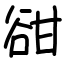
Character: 𧮳